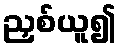
ညှစ်ယူ၍